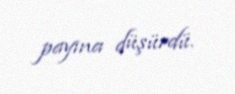
payına düşürdü.